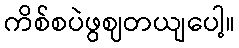
ကိစ်စပဲဖွဈတယျပေါ့။